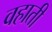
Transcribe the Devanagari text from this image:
वहाती